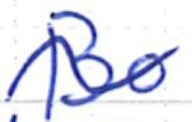
Text: Bo
Cross-out: wave
Writing tool: ballpoint